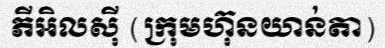
ភីអិលស៊ី (ក្រុមហ៊ុនយាន់តា)